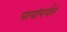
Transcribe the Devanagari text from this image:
पायांपर्यंत